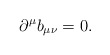
\begin{align*}\partial^\mu b_{\mu\nu} = 0. \end{align*}